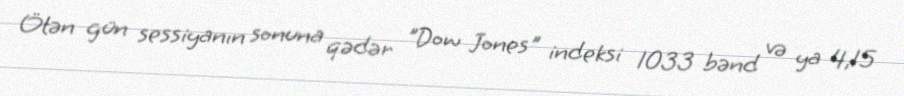
Ötən gün sessiyanın sonuna qədər "Dow Jones" indeksi 1033 bənd və ya 4,15